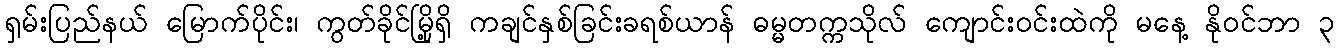
ရှမ်းပြည်နယ် မြောက်ပိုင်း၊ ကွတ်ခိုင်မြို့ရှိ ကချင်နှစ်ခြင်းခရစ်ယာန် ဓမ္မတက္ကသိုလ် ကျောင်းဝင်းထဲကို မနေ့ နိုဝင်ဘာ ၃